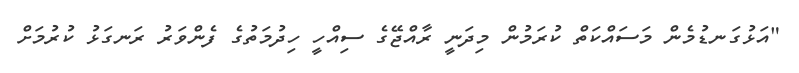
"އަޅުގަނޑުމެން މަސައްކަތް ކުރަމުން މިދަނީ ރާއްޖޭގެ ސިއްހީ ހިދުމަތުގެ ފެންވަރު ރަނގަޅު ކުރުމަށް